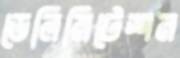
ডেলিমিটেশন